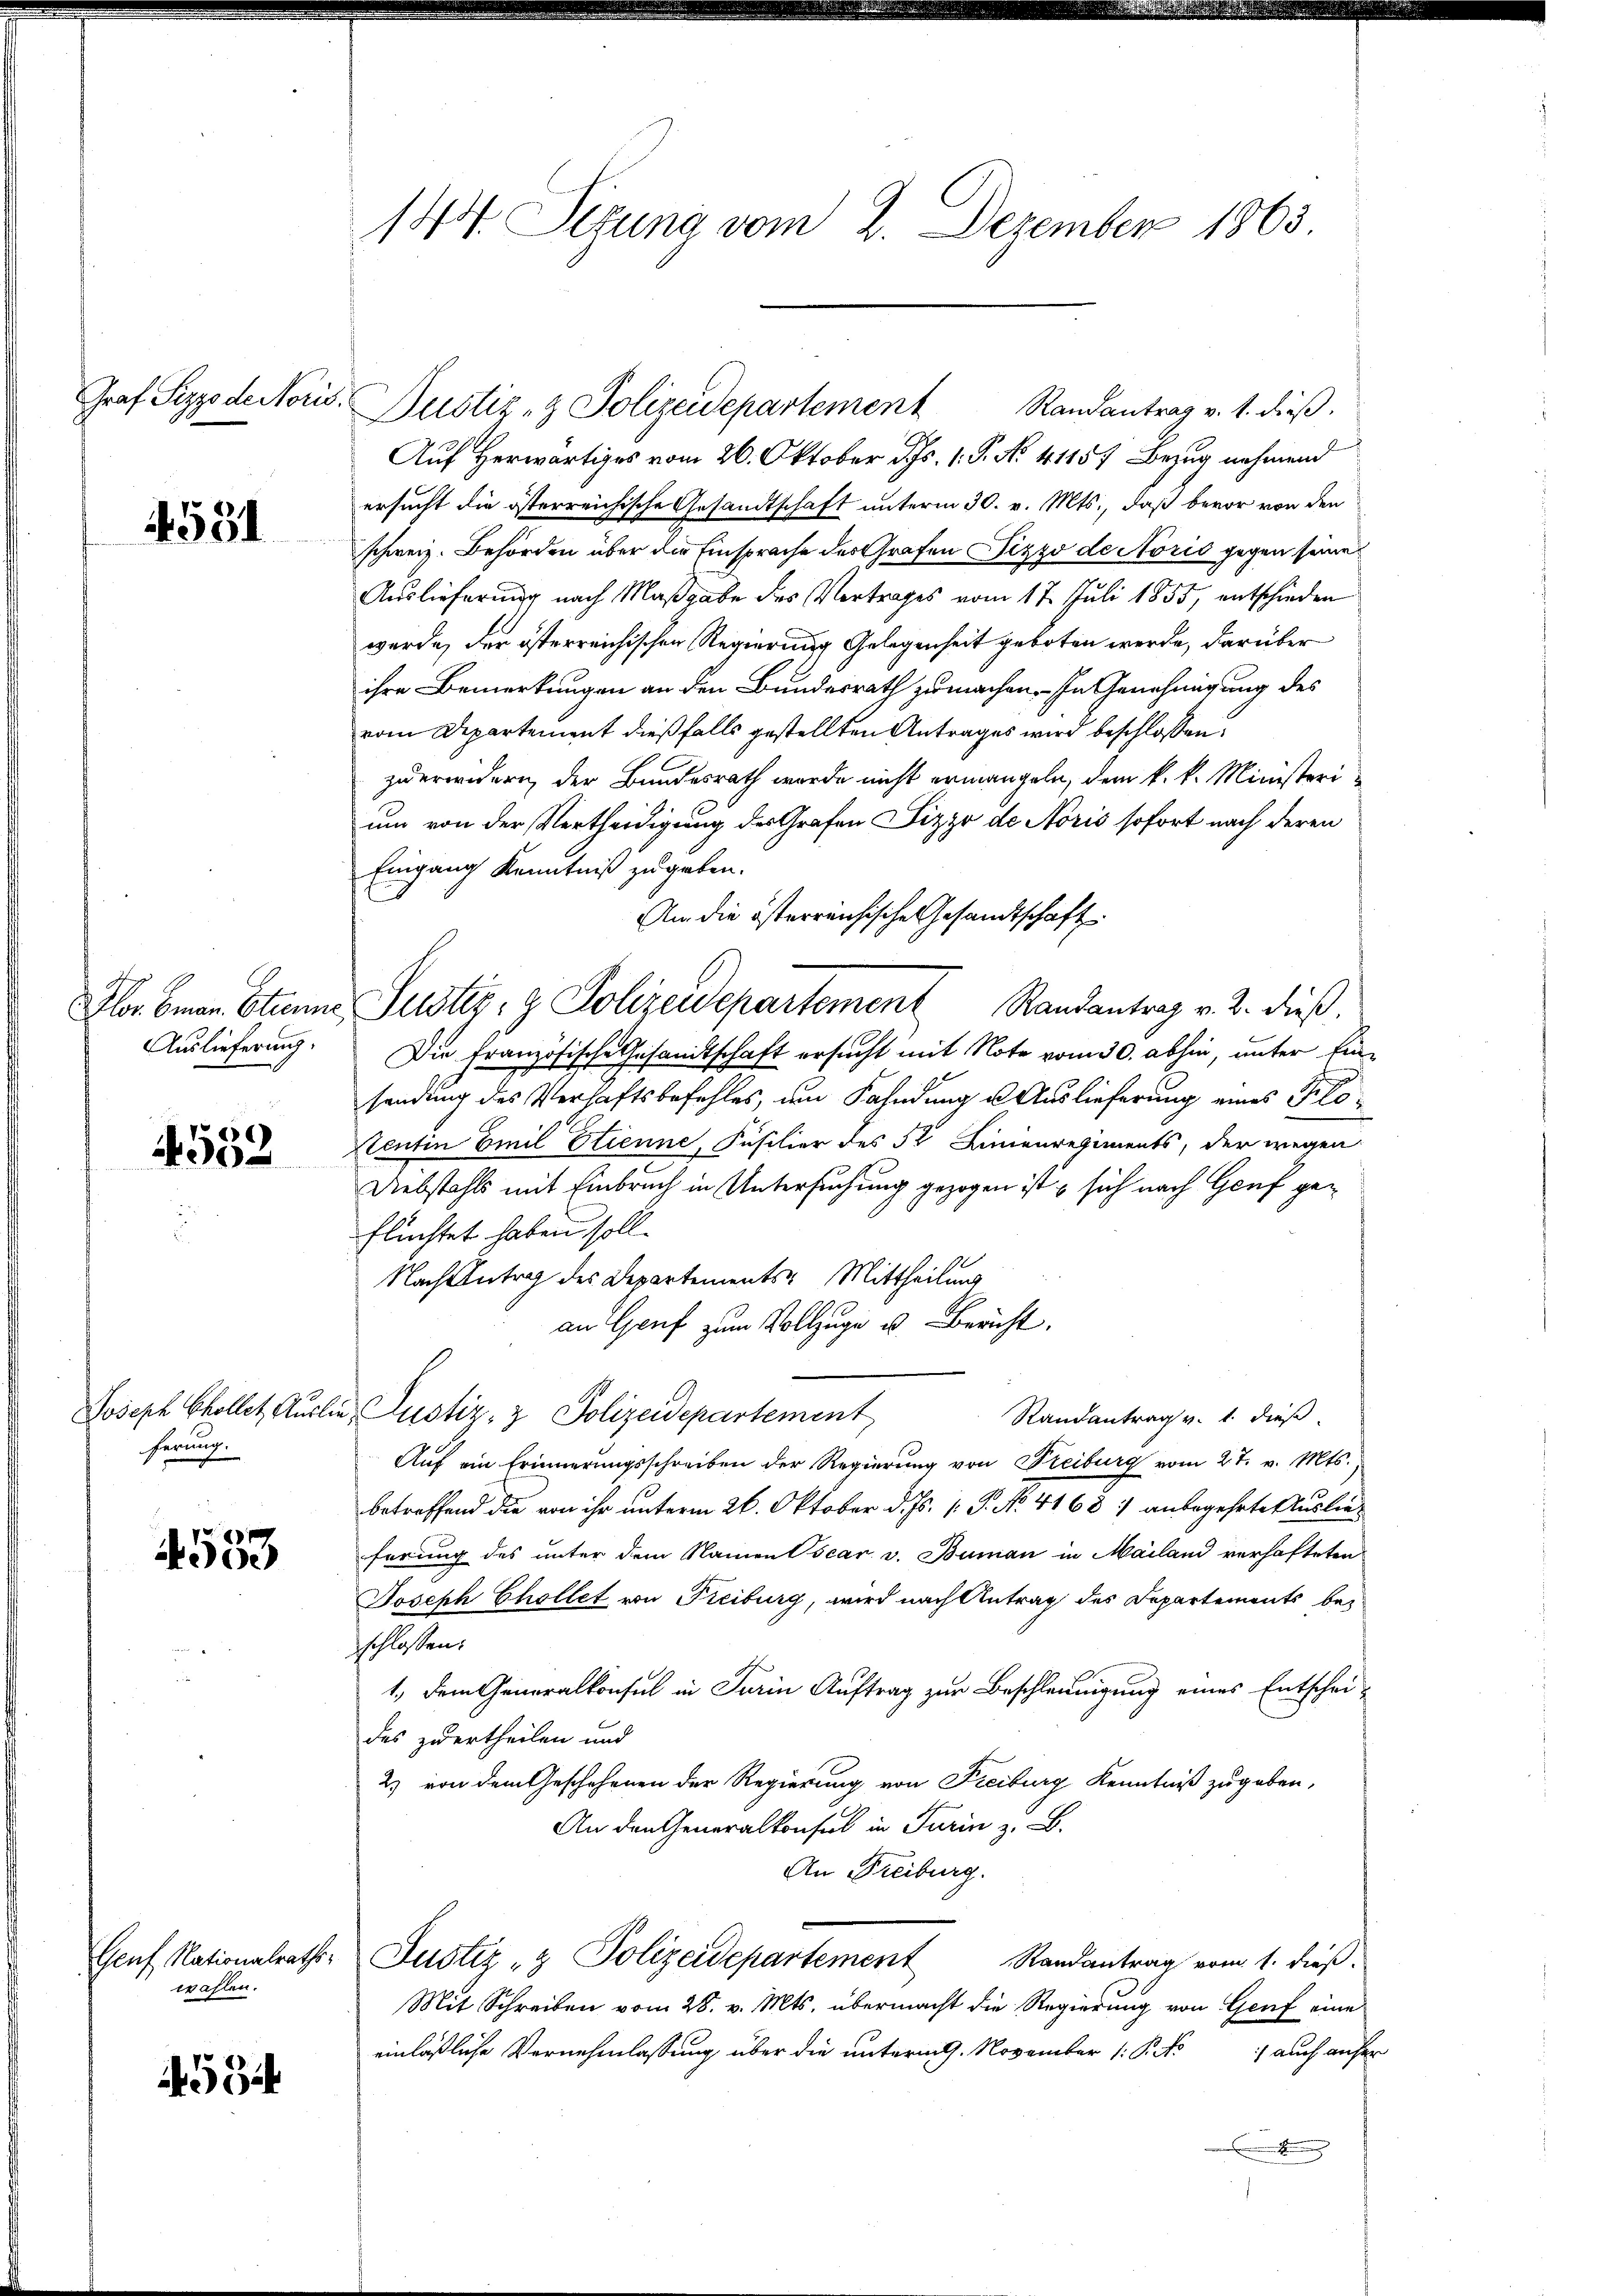
Graf Pizzo de Noris.

591

Plor. Eman. Etten
Auslieferung

4552

Joseph Skollet, Auslie
ferung.

4553

Genf Nationalrathswahlen.

534

144. Sigung vom 2. Dezember 1863

Randantrag v. 1. dieß.
Auf Herwärtiges vom 26. Oktober ds. 1. P. No. 41157 Bezug nehmend
ersucht die österreichische Gesandtschaft unterm 30. v. Mts., daß bevor von den
schweiz. Behörden über die Einsprache des Grafen Pizzo de Storis gegen seine
Auslieferung nach Maßgabe des Vertrages vom 17. Juli 1855, entschieden
werde, der österreichischen Regierung Gelegenheit geboten werde, darüber
ihre Bemerkungen an den Bundesrath zu machen. In Genehmigung des
vom Departement dießfalls gestellten Antrages wird beschlossen:
zuerwidern der Bundesrath wurde nicht ermangeln, dem k. k. Ministerium von der Vertheidigung des Grafen Pizzo de Noris sofort nach deren
Eingang Kenntniß zu geben.
An die österreichische Gesandtschaft
Justiz- & Polizeidepartement Randantrag v. 2. dieß.
Die Französische Gesandtschaft ersucht mit Note vom 30. abhin, unter Einsendung des Verhaftsbefehles, um Fahndung u. Auslieferung eines Klo¬
Stentin Emil Etienne, Füsilier des 52 Linienregiments, der wegen
Diebstahls mit Einbruch in Untersuchung gezogen ist & sich nach Genf geflüchtet haben soll.
Nach Antrag des Departements Mittheilung
an Gruf zum Vollzuge u. Bericht.
Justiz- & Polizeidepartement
Randantrag v. 1. dieß.
Auf ein Erinnerungsschreiben der Regierung von Freiburg vom 27. v. Mts.
betreffend die von ihr unterm 26. Oktober d. Js. 1. P. No. 41687 anbegehrte Auslieferung des unter dem Namen Oscar v. Buman in Mailand verhafteten
Joseph Chollet von Freiburg, wird nach Antrag des Departements bez
sschlossen.
1., dem Generalkonsul in Turin Auftrag zur Beschleunigung eines Entschei-
des zuertheilen und
2) von dem Geschehenen der Regierung von Freiburg Kenntniß zugeben,
An den Generalkonsul in Turin z. B.
An Freiburg.
Justiz- & Polizeidepartement
Randantrag vom 1. dieß.
Mit Schreiben vom 28. v. Mts. übermacht die Regierung von Genf eine
einläßliche Vernehmlassung über die unterm 9. November 1 Pk) auch auf

Dustiz- & Polizeidepartement